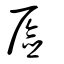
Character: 厱